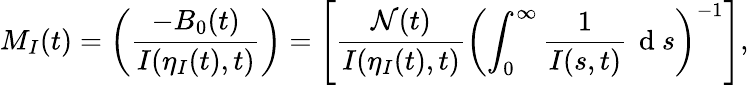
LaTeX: M_{I}(t)=\left(\frac{-B_{0}(t)}{I(\eta_{I}(t),t)}\right)=\left[\frac{\mathcal{N}(t)}{I(\eta_{I}(t),t)}\left(\int_{0}^{\infty}\frac{1}{I(s,t)}\, \mathrm{~d~}s\right)^{-1}\right],